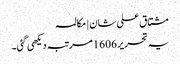
مشتاق علی شان | مکالمہ
یہ تحریر 1606 مرتبہ دیکھی گئی۔